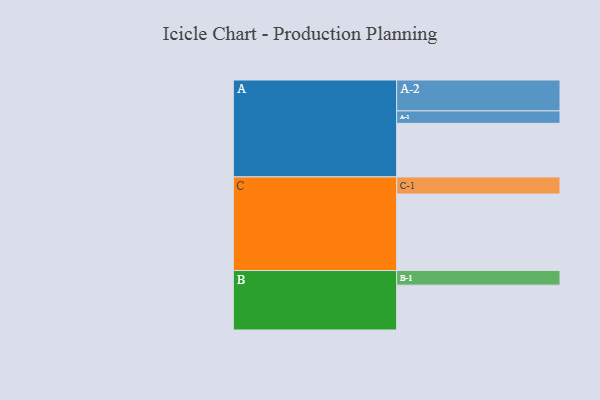
{"axis": {"x": "Segment", "y": "Value"}, "legend": ["", "A", "B", "C"], "data": [{"x": "A", "y": 385, "type": ""}, {"x": "B", "y": 322, "type": ""}, {"x": "C", "y": 549, "type": ""}, {"x": "A-1", "y": 89, "type": "A"}, {"x": "A-2", "y": 222, "type": "A"}, {"x": "B-1", "y": 105, "type": "B"}, {"x": "C-1", "y": 123, "type": "C"}]}